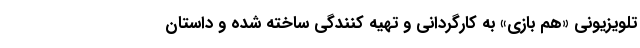
تلویزیونی «هم بازی» به کارگردانی و تهیه کنندگی ساخته شده و داستان